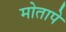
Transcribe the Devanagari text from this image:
मोतापे